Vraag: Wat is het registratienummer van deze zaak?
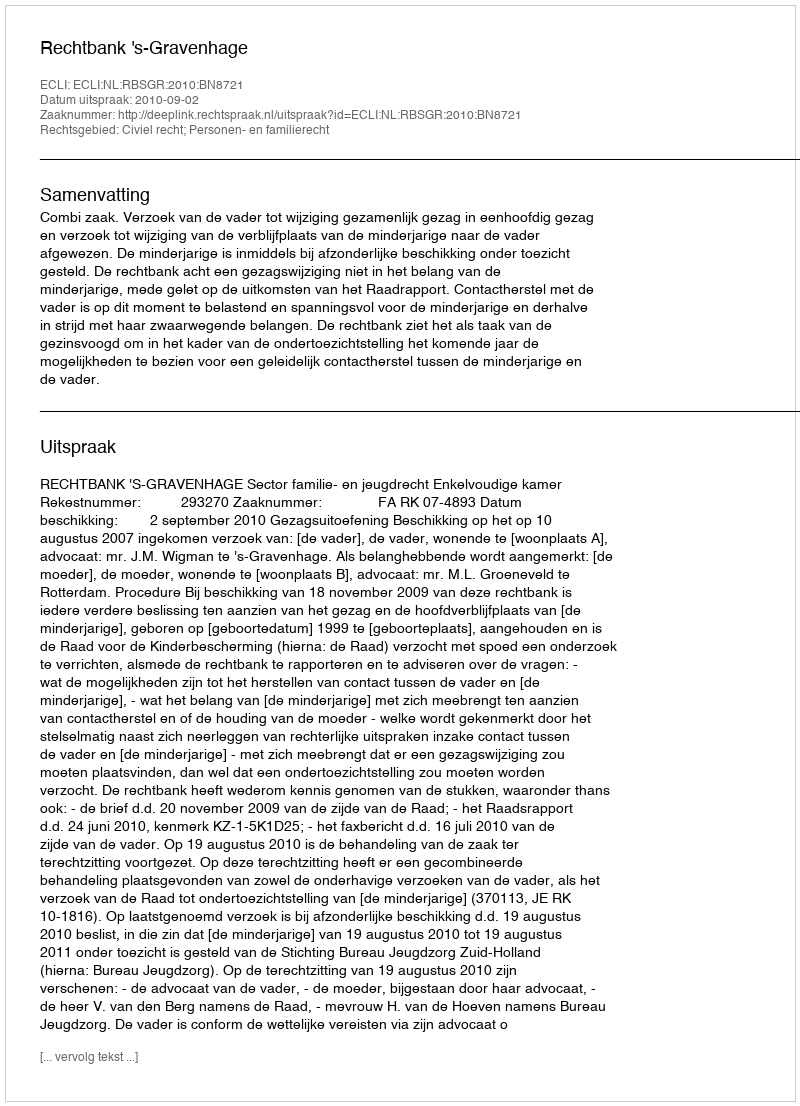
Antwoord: http://deeplink.rechtspraak.nl/uitspraak?id=ECLI:NL:RBSGR:2010:BN8721